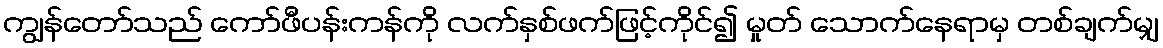
ကျွန်တော်သည် ကော်ဖီပန်းကန်ကို လက်နှစ်ဖက်ဖြင့်ကိုင်၍ မှုတ် သောက်နေရာမှ တစ်ချက်မျှ